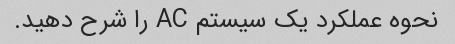
نحوه عملکرد یک سیستم AC را شرح دهید.